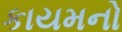
કાયમનો